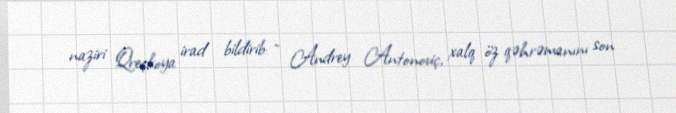
naziri Qreçkoya irad bildirib: - Andrey Antonoviç, xalq öz qəhrəmanını son